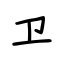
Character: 卫